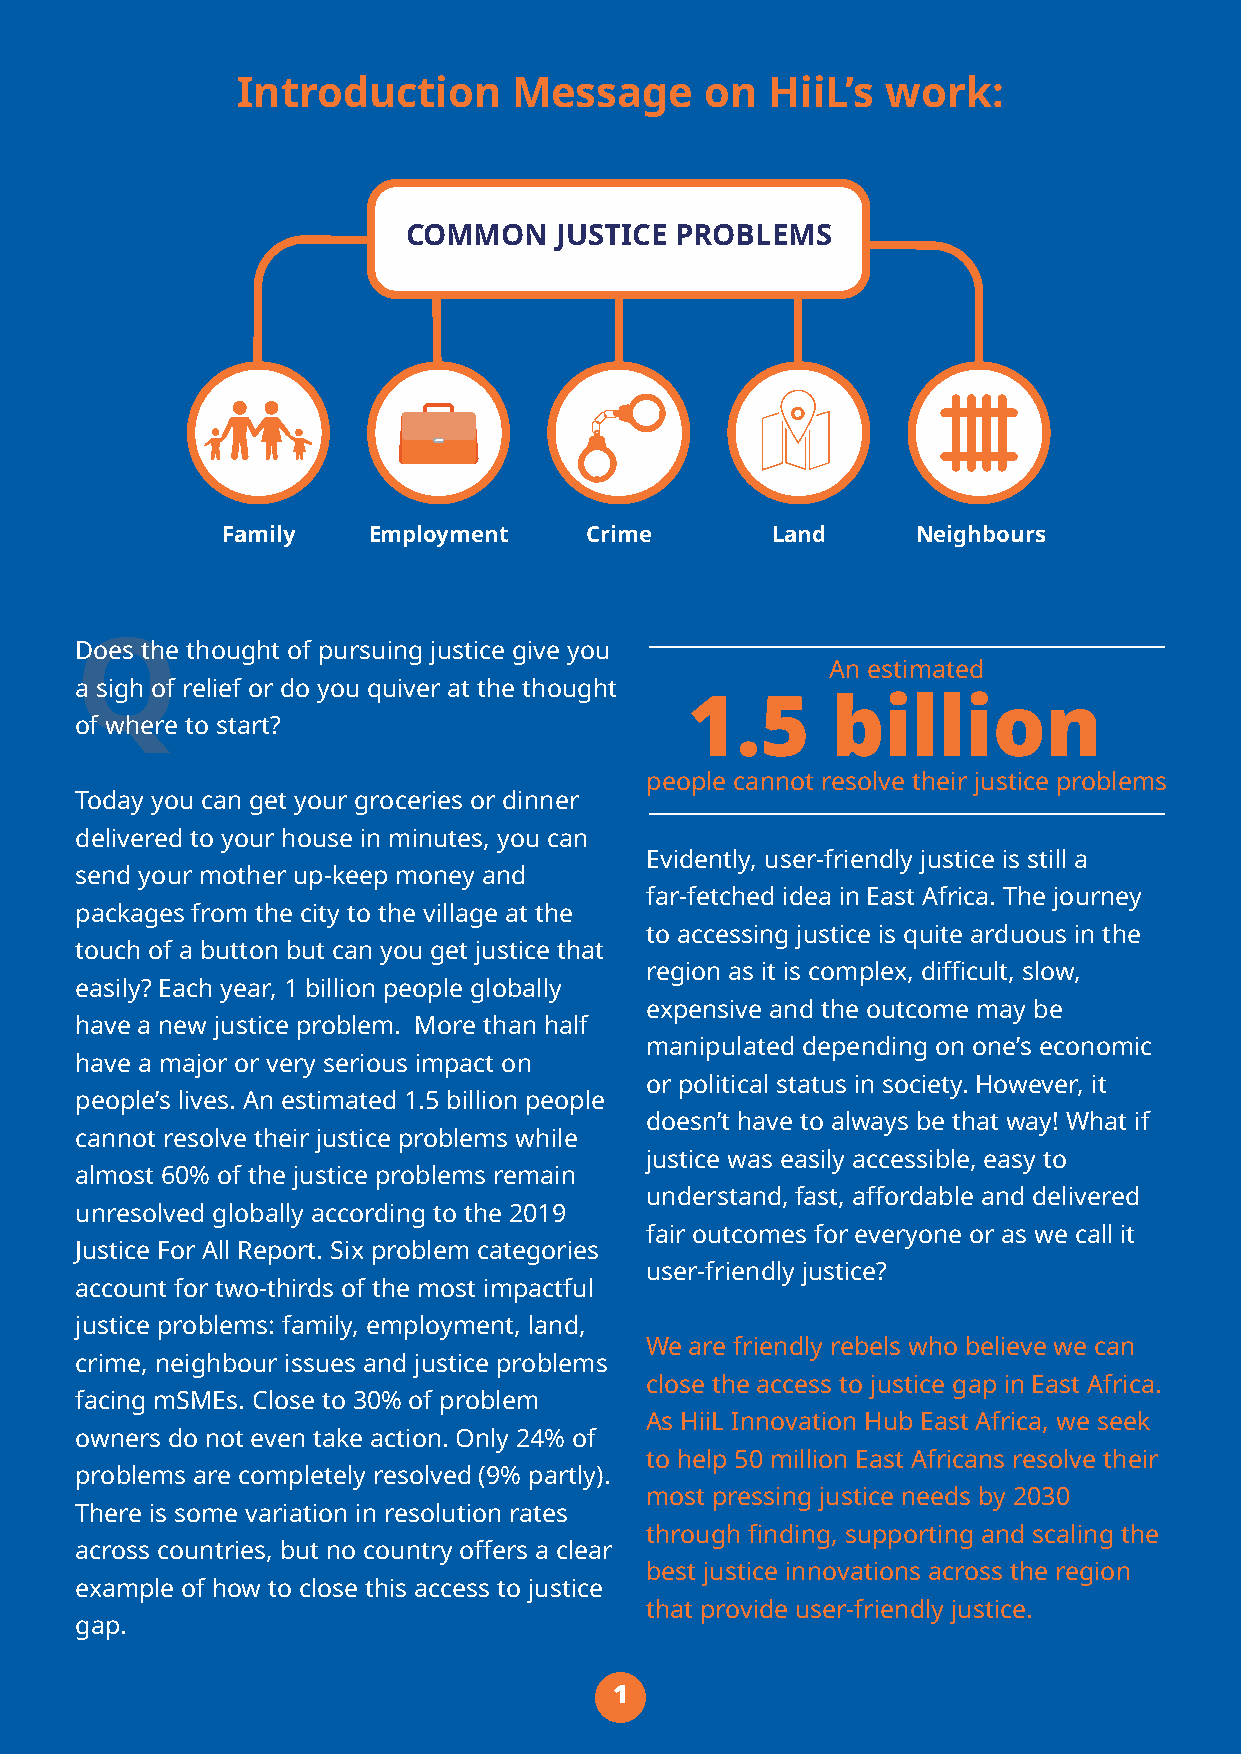
Introduction      Message      on  HiiL’s  work:
 COMMON    JUSTICE PROBLEMS
 Family   Employment     Crime       Land      Neighbours
 Does the thought of pursuing justice give you
 Q
 An estimated
 a sigh of relief or do you quiver at the thought
 1.5      billion
 of where to start?
 people cannot resolve their justice problems
 Today you can get your groceries or dinner
 delivered to your house in minutes, you can
 Evidently, user-friendly justice is still a
 send your mother up-keep money and
 far-fetched idea in East Africa. The journey
 packages from the city to the village at the
 to accessing justice is quite arduous in the
 touch of a button but can you get justice that
 region as it is complex, difficult, slow,
 easily? Each year, 1 billion people globally
 expensive and the outcome may be
 have a new justice problem. More than half
 manipulated depending on one’s economic
 have a major or very serious impact on
 or political status in society. However, it
 people’s lives. An estimated 1.5 billion people
 doesn’t have to always be that way! What if
 cannot resolve their justice problems while
 justice was easily accessible, easy to
 almost 60% of the justice problems remain
 understand, fast, affordable and delivered
 unresolved globally according to the 2019
 fair outcomes for everyone or as we call it
 Justice For All Report. Six problem categories
 user-friendly justice?
 account for two-thirds of the most impactful
 justice problems: family, employment, land,
 We are friendly rebels who believe we can
 crime, neighbour issues and justice problems
 close the access to justice gap in East Africa.
 facing mSMEs. Close to 30% of problem
 As HiiL Innovation Hub East Africa, we seek
 owners do not even take action. Only 24% of
 to help 50 million East Africans resolve their
 problems are completely resolved (9% partly).
 most pressing justice needs by 2030
 There is some variation in resolution rates
 through finding, supporting and scaling the
 across countries, but no country offers a clear
 best justice innovations across the region
 example of how to close this access to justice
 that provide user-friendly justice.
 gap.
 1